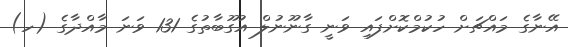
އޭނާގެ މައްޗަށް ހުކުމްކޮށްފައި ވަނީ ގާނޫނުލް އުގޫބާތުގެ 131 ވަނަ މާއްދާގެ (ހ)